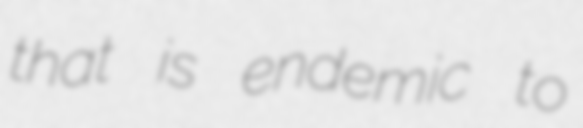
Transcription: that is endemic to